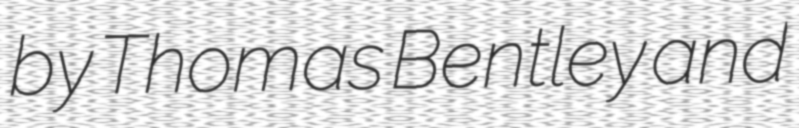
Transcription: by Thomas Bentley and